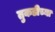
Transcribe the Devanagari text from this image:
तुकडीच्या